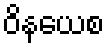
ဝိနယေစ